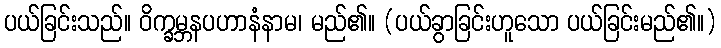
ပယ်ခြင်းသည်။ ဝိက္ခမ္ဘနပဟာနံနာမ၊ မည်၏။ (ပယ်ခွာခြင်းဟူသော ပယ်ခြင်းမည်၏။)